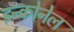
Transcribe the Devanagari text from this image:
इन्कोनेल